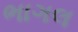
ભાગલ